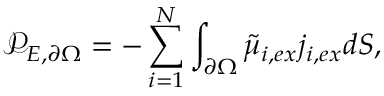
\mathcal { P } _ { E , \partial \Omega } = - \sum _ { i = 1 } ^ { N } \int _ { \partial \Omega } \tilde { \mu } _ { i , e x } j _ { i , e x } d S ,